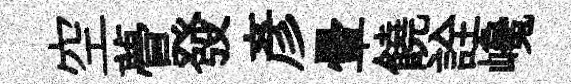
空瞢發彥暈饒詮巉